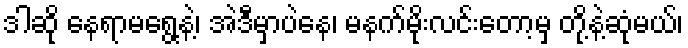
ဒါဆို နေရာမရွေ့နဲ့၊ အဲဒီမှာပဲနေ၊ မနက်မိုးလင်းတော့မှ တို့နဲ့ဆုံမယ်၊